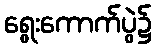
ရွေးကောက်ပွဲ၌